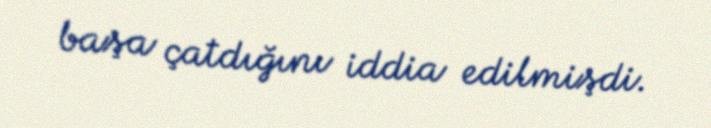
başa çatdığını iddia edilmişdi.